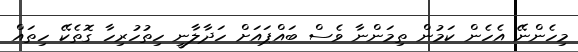
މިހެންނޭ އެހެން ކަމުން ތިމަންނާ ވެސް ބައްޕައަށް ހަދާލާނީ ހިތުހުރިހާ ގޮތެކޭ ހިތައް